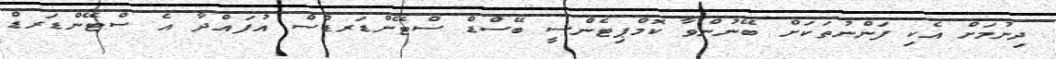
ދިނުމަށް އެކި ފަންނުތަކަށް ބޭނުންވާ ކޮމްޕިޓެންސީ ބޭސްޑް ސްޓޭންޑަރޑްސް އުފައްދާ އެ ސްޓޭންޑަރޑް